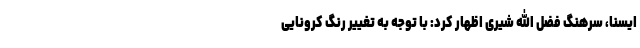
ایسنا، سرهنگ فضل الله شیری اظهار کرد: با توجه به تغییر رنگ کرونایی